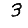
Digit: 3